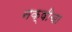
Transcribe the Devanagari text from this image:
नक्षीचा